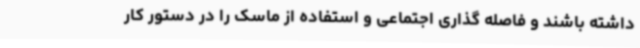
داشته باشند و فاصله گذاری اجتماعی و استفاده از ماسک را در دستور کار